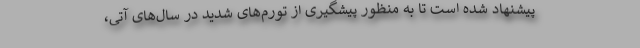
پیشنهاد شده است تا به منظور پیشگیری از تورم‌های شدید در سال‌های آتی،